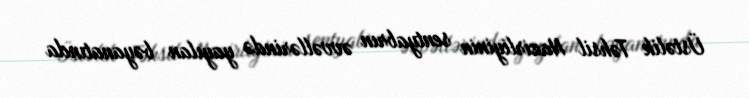
Üstəlik Təhsil Nazirliyinin sentyabrın əvvəllərində yayılan bəyanatında